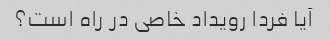
آیا فردا رویداد خاصی در راه است؟